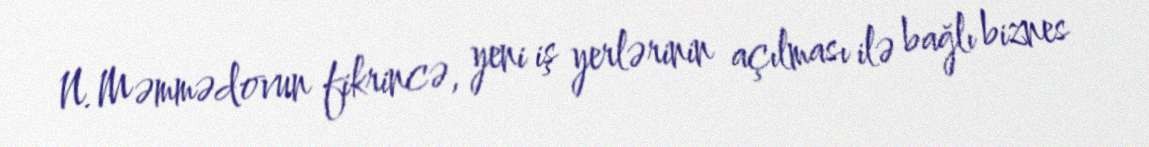
N.Məmmədovun fikrincə, yeni iş yerlərinin açılması ilə bağlı biznes